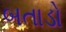
બતાડો